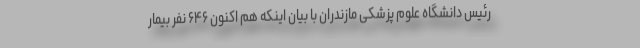
رئیس دانشگاه علوم پزشکی مازندران با بیان اینکه هم اکنون ۶۴۶ نفر بیمار